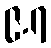
၉.၇